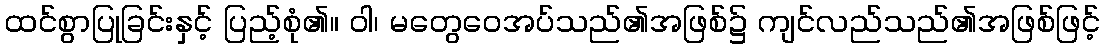
ထင်စွာပြုခြင်းနှင့် ပြည့်စုံ၏။ ဝါ၊ မတွေဝေအပ်သည်၏အဖြစ်၌ ကျင်လည်သည်၏အဖြစ်ဖြင့်